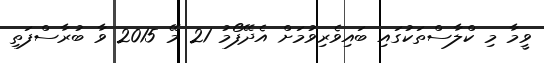
ވީމާ މި ކްލާސްތަކުގައި ބައިވެރިވުމަށް އެދޭފޯމު 21 މޭ 2015 ވާ ބުރާސްފަތި